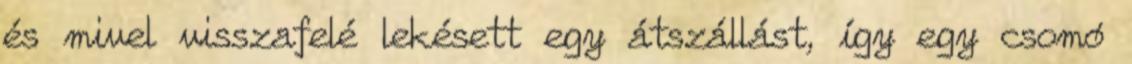
és mivel visszafelé lekésett egy átszállást, így egy csomó